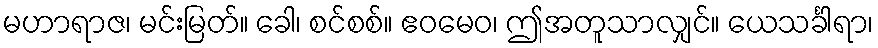
မဟာရာဇ၊ မင်းမြတ်။ ခေါ၊ စင်စစ်။ ဧဝမေဝ၊ ဤအတူသာလျှင်။ ယေသင်္ခါရာ၊